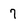
Character: 7